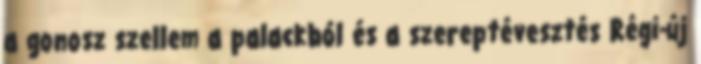
a gonosz szellem a palackból és a szereptévesztés Régi-új